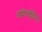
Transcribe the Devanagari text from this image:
अपॊर्ट्युनिटी